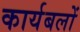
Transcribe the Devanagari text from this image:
कार्यबलों